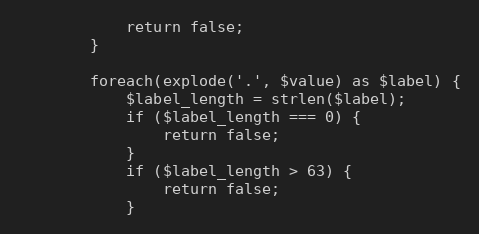
Language: PHP
			return false;
		}

		foreach(explode('.', $value) as $label) {
			$label_length = strlen($label);
			if ($label_length === 0) {
				return false;
			}
			if ($label_length > 63) {
				return false;
			}